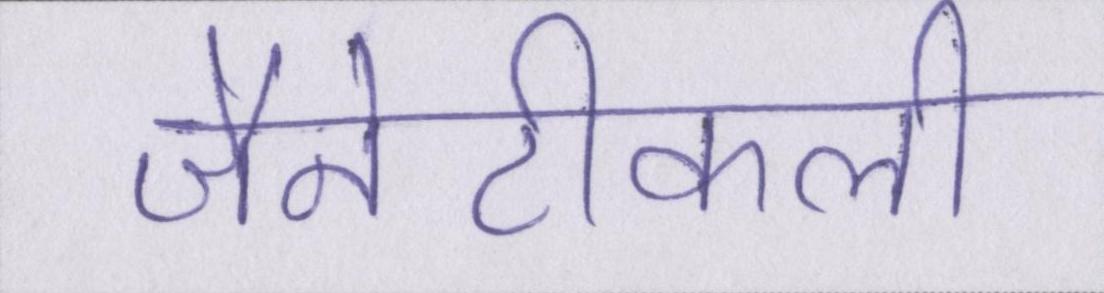
जैनेटीकली